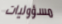
مسؤوليات